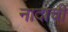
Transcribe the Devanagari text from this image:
नादाची